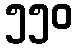
၅၅၀